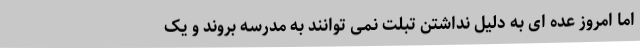
اما امروز عده ای به دلیل نداشتن تبلت نمی توانند به مدرسه بروند و یک